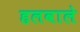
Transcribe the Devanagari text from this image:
हलवाले